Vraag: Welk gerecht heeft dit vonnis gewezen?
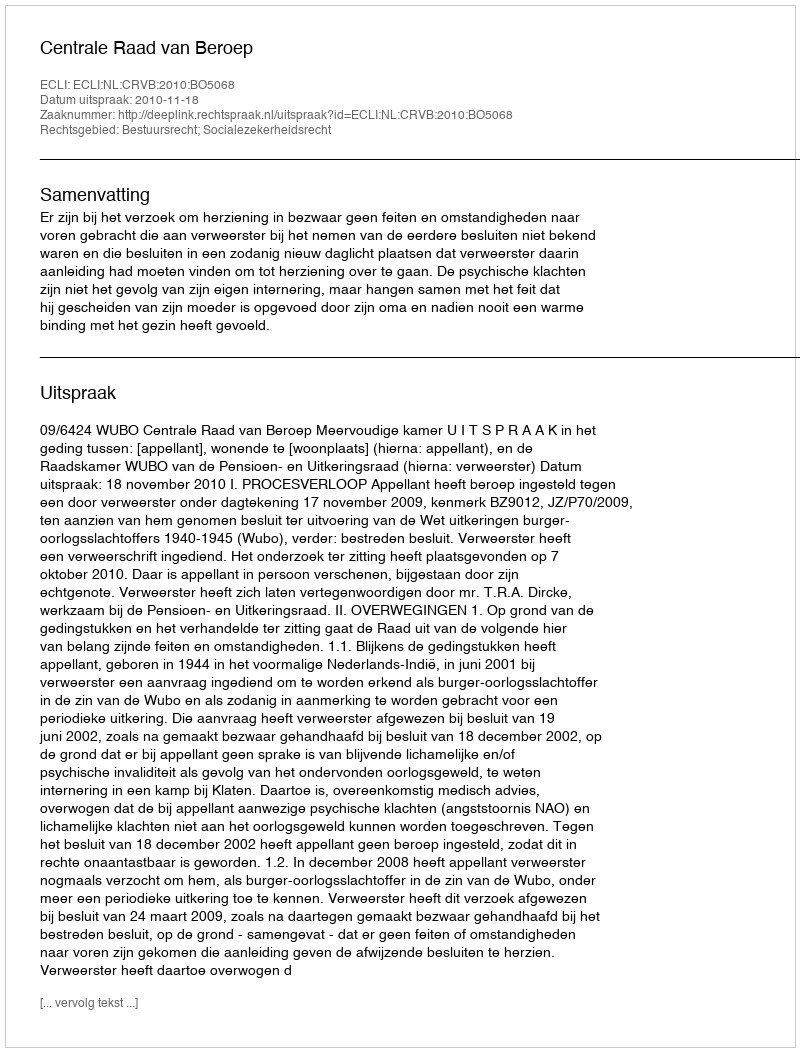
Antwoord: Centrale Raad van Beroep